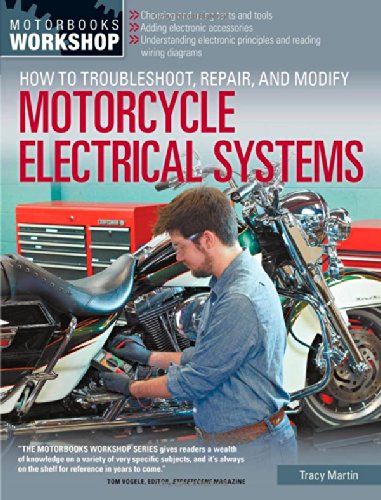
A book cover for How to Troubleshoot, Repair, and Modify Motorcycle Electrical Systems (Motorbooks Workshop); Tracy Martin; Engineering & Transportation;